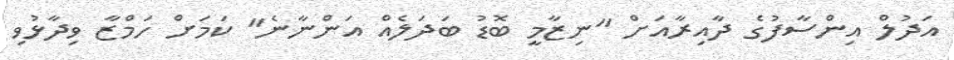
އަދުލް އިންސާފުގެ ދާއިރާއަށް "ނިޒާމީ ބޮޑު ބަދަލެއް އަންނާނެ" ކަމަށް ހަމްޒާ ވިދާޅުވި